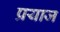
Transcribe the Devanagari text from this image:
प्रयाज